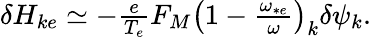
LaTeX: \begin{array}{r}{\delta H_{ke}\simeq-\frac{e}{T_{e}}F_{M}\left(1-\frac{\omega_{*e}}{\omega}\right)_{k}\delta\psi_{k}.}\end{array}